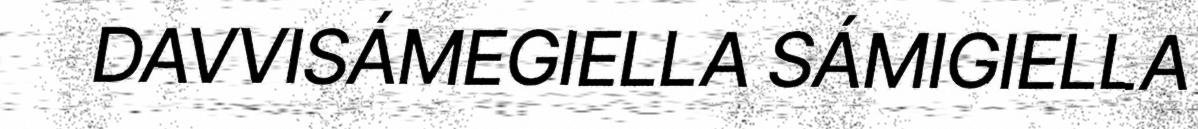
DAVVISÁMEGIELLA SÁMIGIELLA